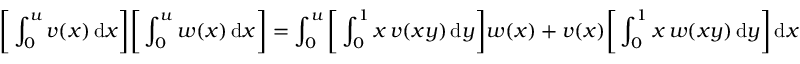
{ \biggl [ } \int _ { 0 } ^ { u } v ( x ) \, \mathrm { d } x { \biggr ] } { \biggl [ } \int _ { 0 } ^ { u } w ( x ) \, \mathrm { d } x { \biggr ] } = \int _ { 0 } ^ { u } { \biggl [ } \int _ { 0 } ^ { 1 } x \, v ( x y ) \, \mathrm { d } y { \biggr ] } w ( x ) + v ( x ) { \biggl [ } \int _ { 0 } ^ { 1 } x \, w ( x y ) \, \mathrm { d } y { \biggr ] } \, \mathrm { d } x